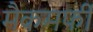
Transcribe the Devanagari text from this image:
मैकमर्फी